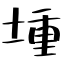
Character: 堹